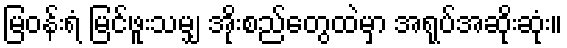
မြဝန်းရံ မြင်ဖူးသမျှ အိုးစည်တွေထဲမှာ အရုပ်အဆိုးဆုံး။